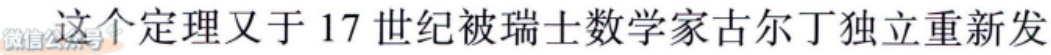
这个定理又于 17 世纪被瑞士数学家古尔丁独立重新发